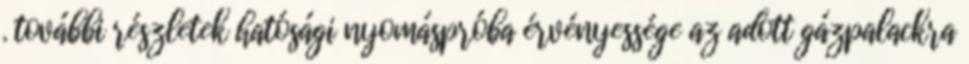
. további részletek hatósági nyomáspróba érvényessége az adott gázpalackra